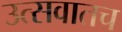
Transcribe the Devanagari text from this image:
उत्सवातच